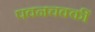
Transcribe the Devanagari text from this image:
पवनचक्कीं